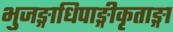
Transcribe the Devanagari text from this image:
भुजङ्गाधिपाङ्गीकृताङ्गा